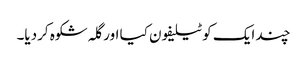
چند ایک کو ٹیلیفون کیا اور گلہ شکوہ کردیا۔